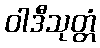
ဝါဒီသုတ္တံ